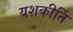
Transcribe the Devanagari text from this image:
यशकीर्ति